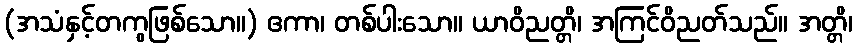
(အသံနှင့်တကွဖြစ်သော။) ဧကာ၊ တစ်ပါးသော။ ယာဝိညတ္တိ၊ အကြင်ဝိညတ်သည်။ အတ္တိ၊